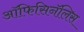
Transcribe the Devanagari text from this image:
ऑफिसिनॅलिस